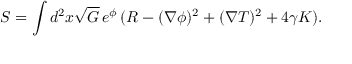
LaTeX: S = \int d ^ { 2 } x \sqrt { G } \, e ^ { \phi } \, ( R - ( \nabla \phi ) ^ { 2 } + ( \nabla T ) ^ { 2 } + 4 \gamma K ) . \nonumber